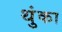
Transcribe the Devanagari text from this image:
थुंका